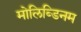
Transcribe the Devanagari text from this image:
मोलिब्डिनम